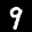
Label: 9